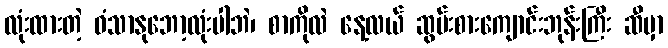
လုံးထားတဲ့ ဝံသာနုဘော့လုံးပါဘဲ၊ စာကိုလဲ နေ့လယ် ဆွမ်းစားကျောင်းဘုန်းကြီး ဆီမှာ